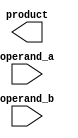
module booth_multiplier(
    input [15:0] operand_a,
    input [15:0] operand_b,
    output reg [31:0] product
);

reg [31:0] partial_products [15:0];
reg [15:0] a_blocks [3:0];
reg [15:0] b_blocks [3:0];
reg [1:0] booth;
reg [4:0] control;
reg [31:0] temp_product;

always @(*)
begin
    // Break down input operands into smaller blocks
    a_blocks[0] = operand_a[0:15];
    a_blocks[1] = operand_a[16:31];
    a_blocks[2] = operand_a[32:47];
    a_blocks[3] = operand_a[48:63];
    
    b_blocks[0] = operand_b[0:15];
    b_blocks[1] = operand_b[16:31];
    b_blocks[2] = operand_b[32:47];
    b_blocks[3] = operand_b[48:63];
    
    // Calculate partial products using Booth encoding
    partial_products[0] = a_blocks[0]*b_blocks[0];
    partial_products[1] = (a_blocks[1] - a_blocks[0]) * (b_blocks[1] - b_blocks[0]);
    partial_products[2] = (a_blocks[2] - a_blocks[1]) * (b_blocks[2] - b_blocks[1]);
    partial_products[3] = a_blocks[3]*b_blocks[3];
    
    // Perform addition of partial products
    temp_product = partial_products[0] + (partial_products[1] << 16) + (partial_products[2] << 32) + (partial_products[3] << 48);
    
    // Output final product
    product = temp_product;
end

endmodule